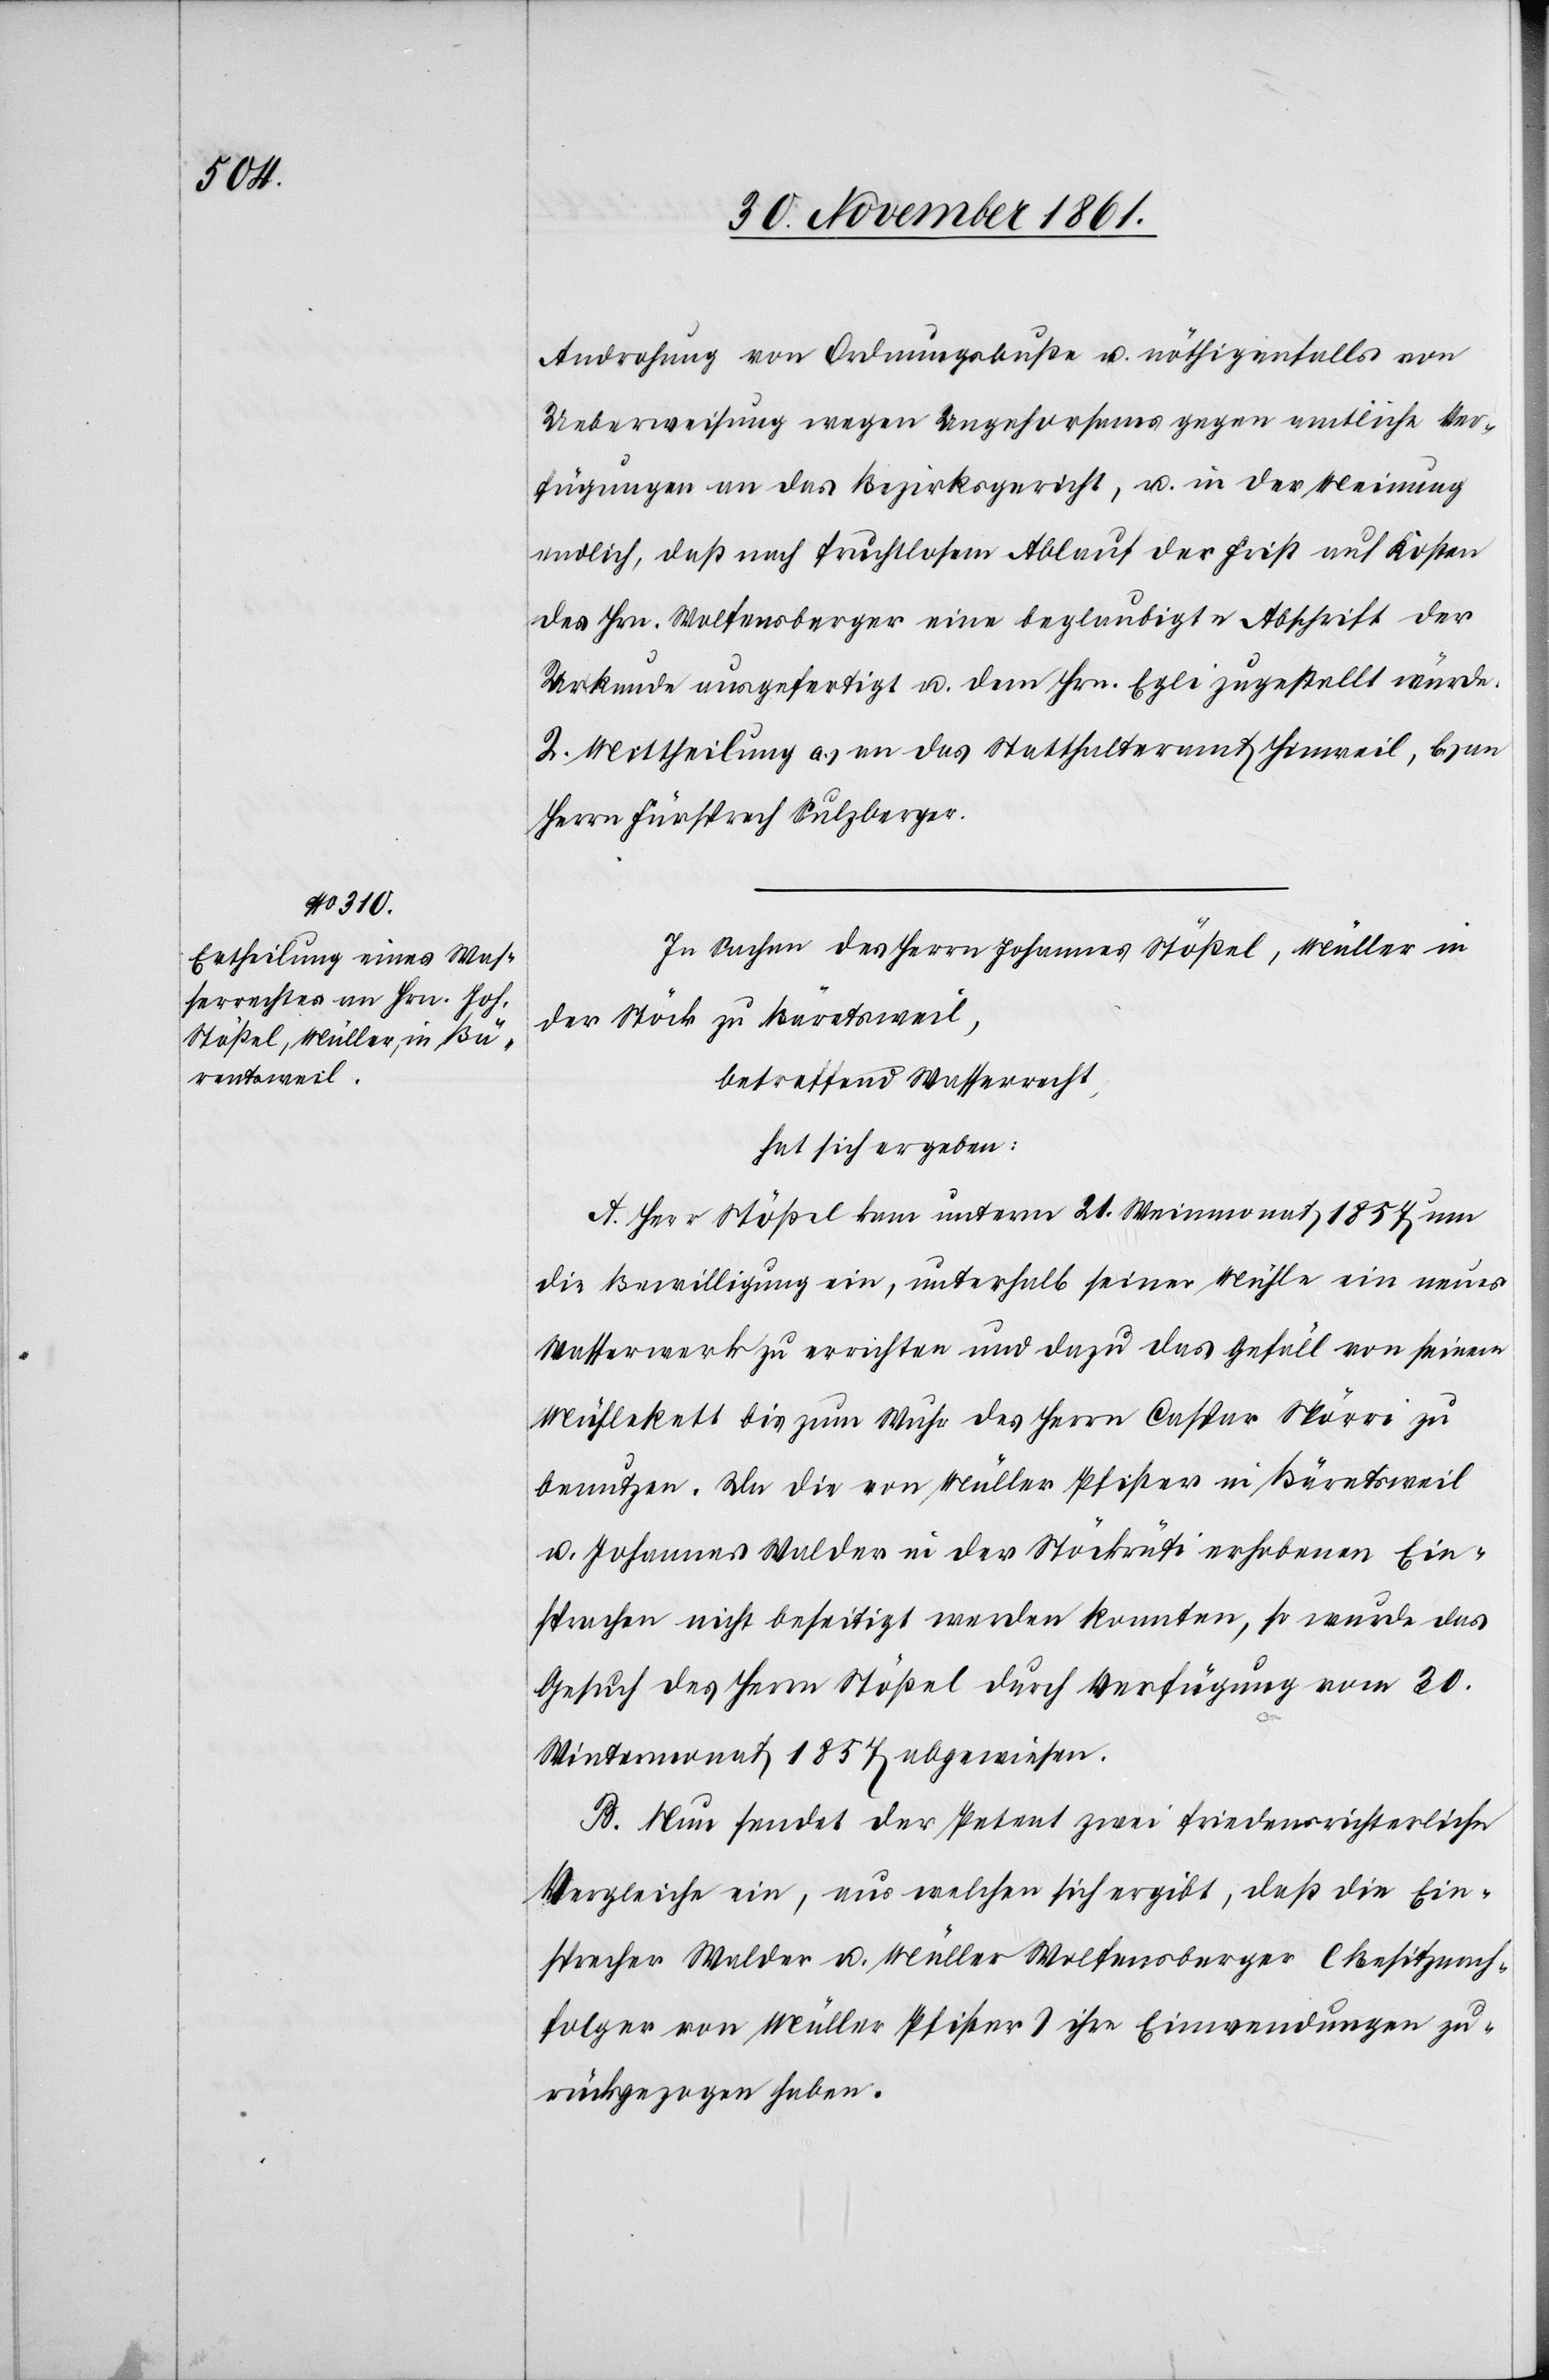
Androhung von Ordnungsbuße u. nöthigenfalls von
Ueberweisung wegen Ungehorsams gegen amtliche Ver¬
fügungen an das Bezirksgericht, u. in der Meinung
endlich, daß nach fruchtlosem Ablauf der Frist auf Kosten
des Hrn. Wolfensberger eine beglaubigte Abschrift der
Urkunde ausgefertigt u. dem Hrn. Egli zugestellt würde.
2. Mittheilung a.) an das Statthalteramt Hinweil, b.) an
Herrn Fürsprech Sulzberger.
In Sachen des Herrn Johannes Stößel, Müller in
der Stöck zu Bäretsweil,
betreffend Wasserrecht,
hat sich ergeben:
A. Herr Stößel kam unterm 21 Weinmonat 1854 um
die Bewilligung ein, unterhalb seiner Mühle ein neues
Wasserwerk zu errichten und dazu das Gefäll von seinem
Mühlekett bis zum Wuhr des Herrn Caspar Spörri zu
benutzen. Da die von Müller Pfister in Bäretsweil
u. Johannes Walder in der Stöckrüti erhobenen Ein¬
sprachen nicht beseitigt werden konnten, so wurde das
Gesuch des Herrn Stößel durch Verfügung vom 30
Wintermonat 1857 abgewiesen.
B. Nun sendet der Petent zwei friedensrichterliche
Vergleiche ein, aus welchen sich ergibt, daß die Ein¬
sprecher Walder u. Müller Wolfensberger (Besitznach¬
folger von Müller Pfister) ihre Einwendungen zu¬
rückgezogen haben.